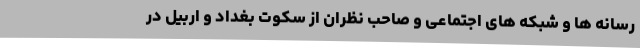
رسانه ها و شبکه های اجتماعی و صاحب نظران از سکوت بغداد و اربیل در